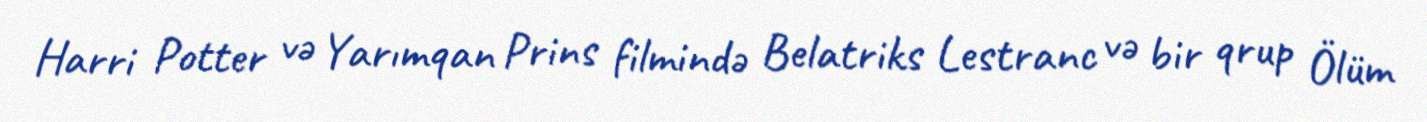
Harri Potter və Yarımqan Prins filmində Belatriks Lestranc və bir qrup Ölüm